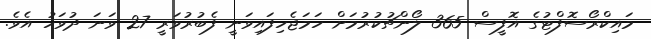
މައިކްރޯސޮފްޓުގެ އޮފީސް 365 ލޯންޗުކުރުމަށް ހަމަޖެހިފައިވަނީ ފެބުރުވަރީ 27 ވަނަ ދުވަހު އެވެ.